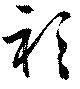
衫